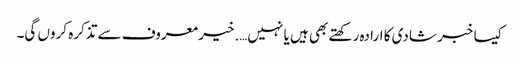
کیسا خبر شادی کا ارادہ رکھتے بھی ہیں یا نہیں….خیر معروف سے تذکرہ کروں گی۔